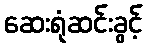
ဆေးရုံဆင်းခွင့်